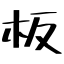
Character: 板